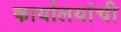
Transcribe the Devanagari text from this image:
कार्यालयांची